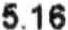
5.16